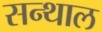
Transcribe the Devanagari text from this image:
सन्थाल